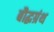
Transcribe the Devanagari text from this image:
बौद्धग्रंथ